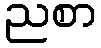
ညစာ